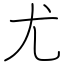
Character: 尤